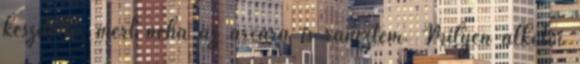
készítette, mert néha az arcára is ránéztem. Milyen alkotói